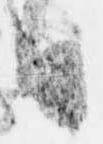
日